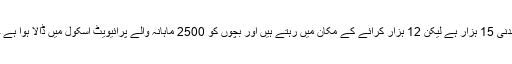
خاتون نے دوسرا کیس یہ ذکر کیا کہ گھر کی ماہانہ آمدنی 15 ہزار ہے لیکن 12 ہزار کرائے کے مکان میں رہتے ہیں اور بچوں کو 2500 ماہانہ والے پرائیویٹ اسکول میں ڈالا ہوا ہے جبکہ ماہانہ اخراجات مانگ کر پورے کیے جاتے ہیں۔